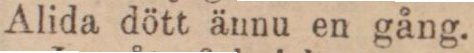
Alida dött ännu en gång.